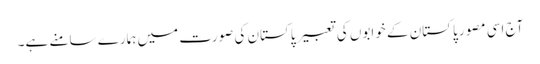
آج اسی مصور پاکستان کے خوابوں کی تعبیر پاکستان کی صورت میں ہمارے سامنے ہے۔